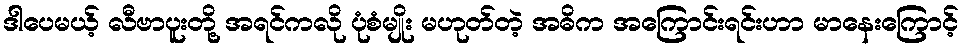
ဒါပေမယ့် လီဗာပူးတို့ အရင်ကလို ပုံစံမျိုး မဟုတ်တဲ့ အဓိက အကြောင်းရင်းဟာ မာနေးကြောင့်